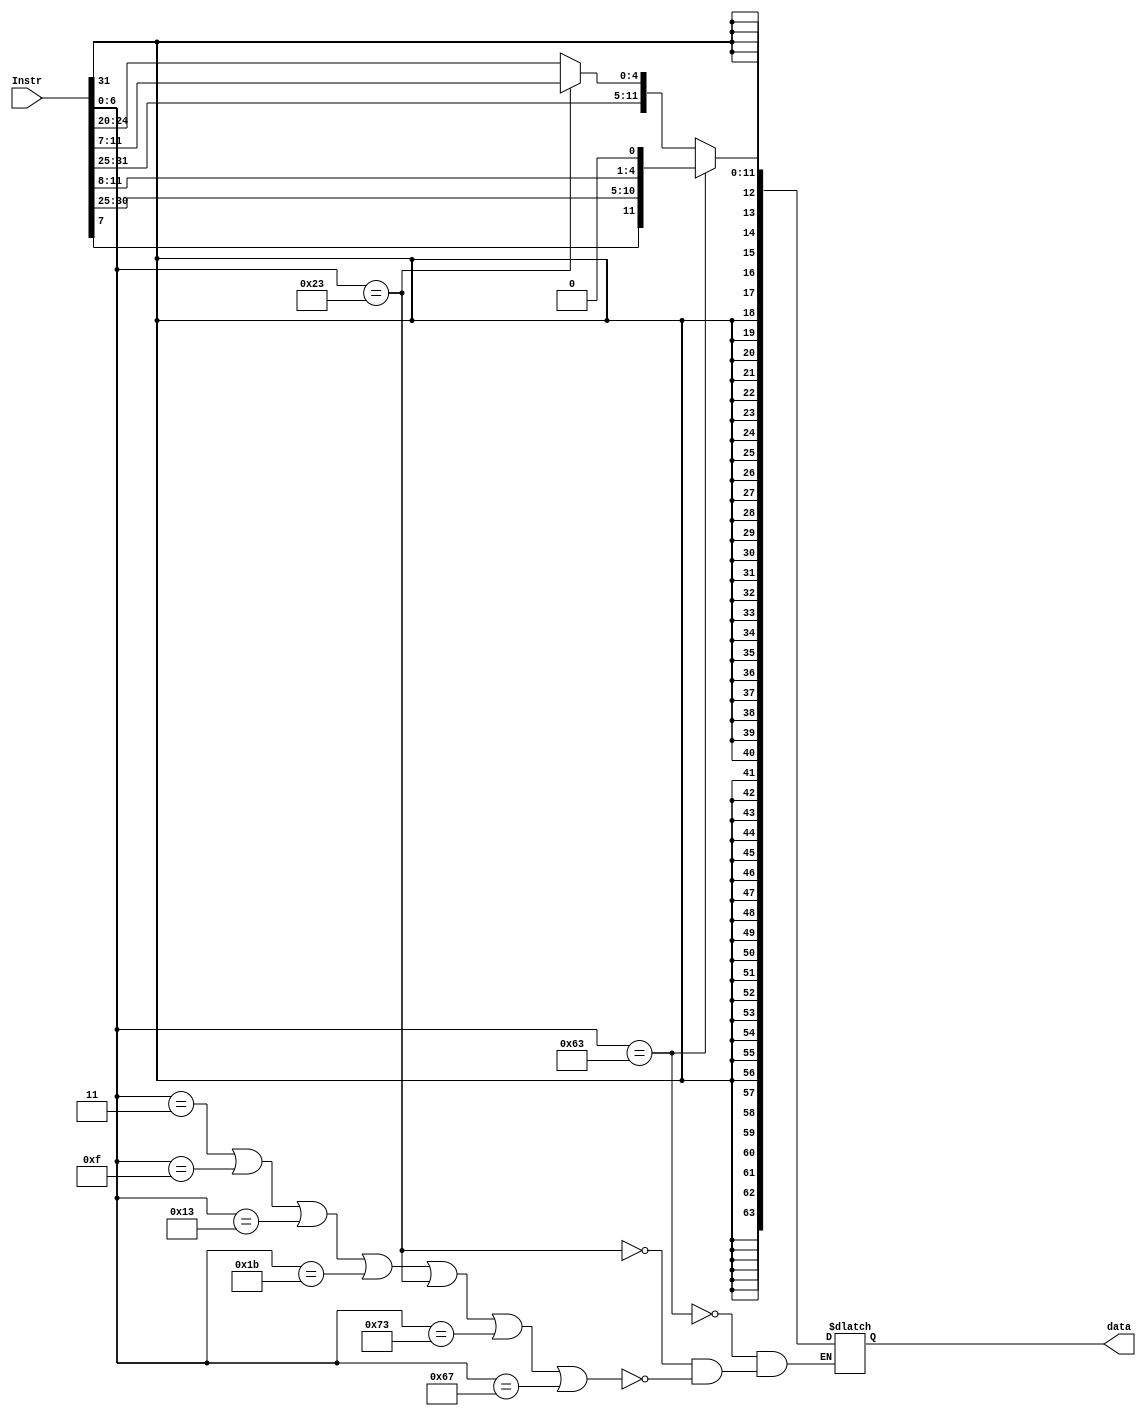
module ImmGenerator            
 (  
      input [31:0] Instr,  
      output [63:0] data
 );  
      reg[6:0]  OP;
      reg[11:0] imm;
      reg[12:0] sb;
      reg[63:0] Data;
            
      always@(Instr)
      begin  
        
         OP=Instr[6:0];
            if((OP==7'b0000011)||(OP==7'b0001111)||(OP==7'b0010011)||
            (OP==7'b0011011)||(OP==7'b0100011)||(OP==7'b1110011)||(OP==7'b1100111))
            begin
              imm=Instr[31:20];    
              Data <= $signed(imm);   
            end
            
            if(OP==7'b0100011)
            begin
              imm[4:0] =Instr[11:7];  
              imm[11:5]=Instr[31:25];  
              Data <= $signed(imm);   
            end
            
            if(OP==7'b1100011)
            begin
              sb[0]=0;
              sb[11] =Instr[7];               
              sb[4:1] =Instr[11:8];  
              sb[10:5]=Instr[30:25]; 
              sb[12]=Instr[31];
              Data <= $signed(sb);   
            end
            
      end 
      
      assign data=Data;

 endmodule